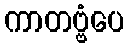
ကာတဗ္ဗံပေ